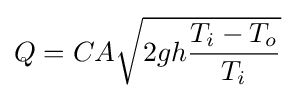
Q=CA{\sqrt {2gh{\frac {T_{i}-T_{o}}{T_{i}}}}}